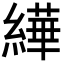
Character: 𦅠